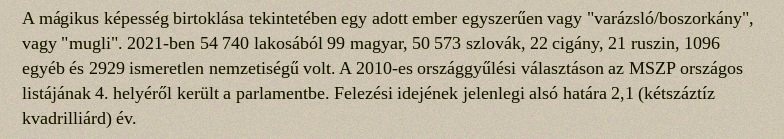
A mágikus képesség birtoklása tekintetében egy adott ember egyszerűen vagy "varázsló/boszorkány", vagy "mugli". 2021-ben 54 740 lakosából 99 magyar, 50 573 szlovák, 22 cigány, 21 ruszin, 1096 egyéb és 2929 ismeretlen nemzetiségű volt. A 2010-es országgyűlési választáson az MSZP országos listájának 4. helyéről került a parlamentbe. Felezési idejének jelenlegi alsó határa 2,1 (kétszáztíz kvadrilliárd) év.